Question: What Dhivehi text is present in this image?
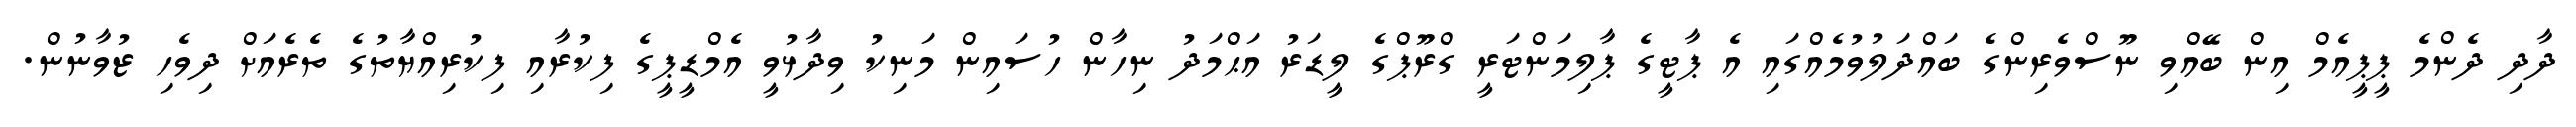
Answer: ދާދި ދެންމެ ޕީޕީއެމް އިން ބޭއްވި ނޫސްވެރިންގެ ބައްދަލުވުމެއްގައި އެ ޕާޓީގެ ޕާލިމަންޓަރީ ގްރޫޕްގެ ލީޑަރު އަޙްމަދު ނިހާން ހުސައިން މަނިކު ވިދާޅުވީ އެމްޑީޕީގެ ފިކުރާއި ފިކުރިއްޔާތުގެ ތެރެއަށް ދިވެހި ޒުވާނުން.